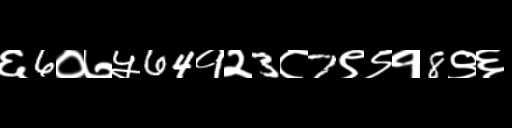
Text: ६6०७५64१२3८7९९१8९६